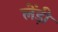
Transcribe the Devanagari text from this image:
लेंड़ी